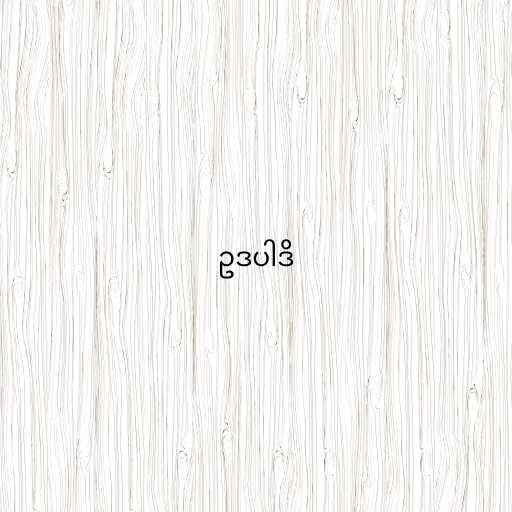
ဥဒပါဒိ